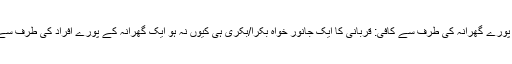
ایک جانور پورے گھرانہ کی طرف سے کافی: قربانی کا ایک جانور خواہ بکرا/بکری ہی کیوں نہ ہو ایک گھرانہ کے پورے افراد کی طرف سے کافی ہے۔